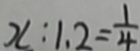
x : 1 . 2 = \frac { 1 } { 4 }